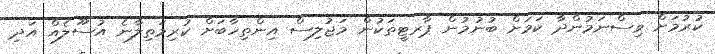
ކުރުމަށް ވިސްނަމުންދާ ކަމަށް ބުނުމުން ޕާރޓީތަކުން މަޖުލިސް އިންތިހާބަށް ކުރިމަތިލާނެ އުސޫލެއް އަދި